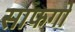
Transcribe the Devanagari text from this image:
साफगो